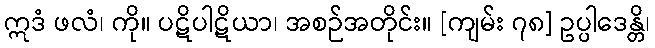
ဣဒံ ဖလံ၊ ကို။ ပဋိပါဋိယာ၊ အစဉ်အတိုင်း။ [ကျမ်း ၇၈] ဥပ္ပါဒေန္တိ၊